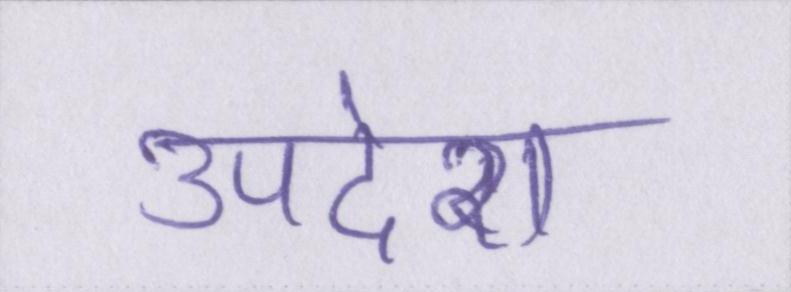
उपदेश